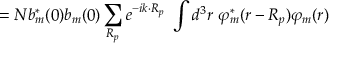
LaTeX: = N b _ { m } ^ { * } ( 0 ) b _ { m } ( 0 ) \sum _ { \boldsymbol { R _ { p } } } e ^ { - i { \boldsymbol { k \cdot R _ { p } } } } \ \int d ^ { 3 } r \ \varphi _ { m } ^ { * } ( { \boldsymbol { r - R _ { p } } } ) \varphi _ { m } ( { \boldsymbol { r } } )